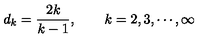
d _ { k } = \frac { 2 k } { k - 1 } , \qquad k = 2 , 3 , \cdots , \infty